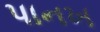
પાનખ